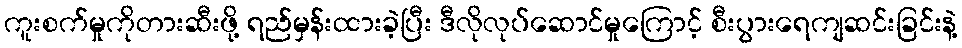
ကူးစက်မှုကိုတားဆီးဖို့ ရည်မှန်းထားခဲ့ပြီး ဒီလိုလုပ်ဆောင်မှုကြောင့် စီးပွားရေကျဆင်းခြင်းနဲ့